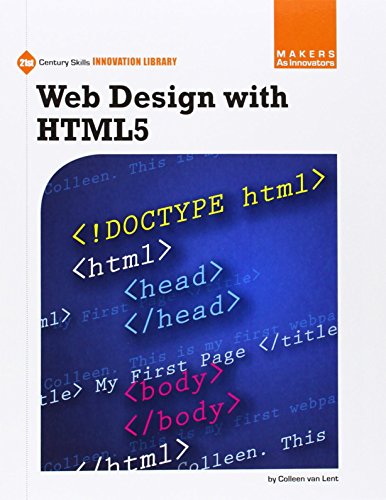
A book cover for Web Design With Html5 (21st Century Skills Innovation Library: Makers As Innovators); Colleen Van Lent; Children's Books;